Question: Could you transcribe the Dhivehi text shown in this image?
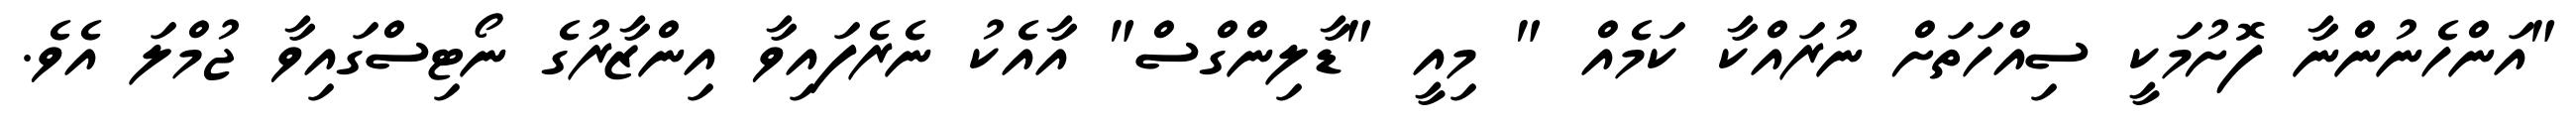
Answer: "އަންހެނުންނާ ފޮށުމަކީ ސިއްހަތަށް ނުރައްކާ ކަމެއް " މިއީ "ޑާލިންގްސް" އާއެކު ނެރެފައިވާ އިންޒާރުގެ ނޯޓިސްގައިވާ ޖުމްލަ އެވެ.